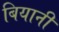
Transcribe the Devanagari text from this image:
बियानी